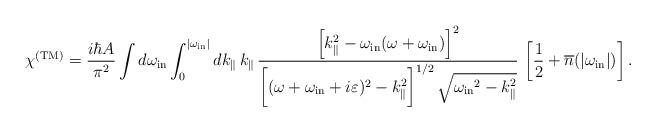
LaTeX: \begin{align*}\chi^{\rm (TM)} = {i\hbar A\over \pi^2}\int d\omega_{\rm in}\int_{0}^{|\omega_{\rm in}|} dk_{\|}\, k_{\|} \,\frac{\left[k_{\|}^2-\omega_{\rm in}(\omega+\omega_{\rm in}) \right]^2}{\biggl[(\omega+\omega_{\rm in}+ i\varepsilon)^2-k_{\|}^2\biggr]^{1/2} \, \sqrt{{\omega_{\rm in}}^2-k_{\|}^2}}\,\left[ {1\over 2}+{\overline n}(|\omega_{\rm in}|)\right].\end{align*}